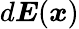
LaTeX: d{\boldsymbol{E}}({\boldsymbol{x}})